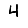
Digit: 4